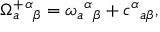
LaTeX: \Omega _ { a } ^ { + } { ^ \alpha } { _ \beta } = \omega _ { a } { ^ \alpha } { _ \beta } + c { ^ \alpha } { _ { a \beta } } ,